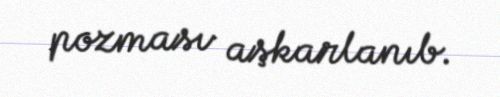
pozması aşkarlanıb.